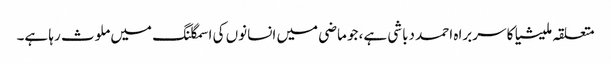
متعلقہ ملیشیا کا سربراہ احمد دباشی ہے، جو ماضی میں انسانوں کی اسمگلنگ میں ملوث رہا ہے۔